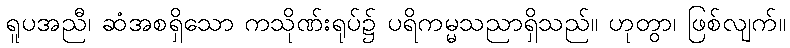
ရူပအညီ၊ ဆံအစရှိသော ကသိုဏ်းရုပ်၌ ပရိကမ္မသညာရှိသည်။ ဟုတွာ၊ ဖြစ်လျက်။